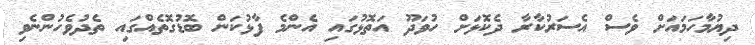
ދިޔުމާހަމައަށް ވެސް އެސަރުކާރާ ދެކޮޅަށް ހުވަދޫ އަތޮޅުގައި އެންމެ ފާޅުކަން ބޮޑުގޮތެއްގައި ތެދުވެހުންނެވި